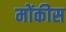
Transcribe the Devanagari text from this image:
मोंकीस